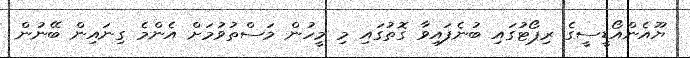
ޔޫއެންއޯޑީސީގެ ރިިޕޯޓުގައި ބުނެފައިވާ ގޮތުގައި މި މީހުން މަސްތުވުމަށް އެންމެ ގިނައިން ބޭނުން